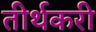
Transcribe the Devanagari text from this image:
तीर्थकरी